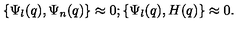
\{ \Psi _ { l } ( q ) , \Psi _ { n } ( q ) \} \approx 0 ; \{ \Psi _ { l } ( q ) , H ( q ) \} \approx 0 .